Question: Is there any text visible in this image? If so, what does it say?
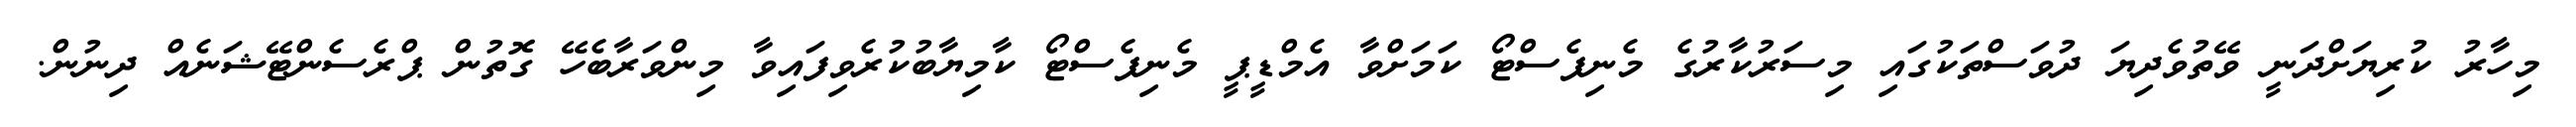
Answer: މިހާރު ކުރިޔަށްދަނީ ވޭތުވެދިޔަ ދުވަސްތަކުގައި މިސަރުކާރުގެ މެނިފެސްޓޯ ކަމަށްވާ އެމްޑީޕީ މެނިފެސްޓޯ ކާމިޔާބުކުރެވިފައިވާ މިންވަރާބެހޭ ގޮތުން ޕްރެސެންޓޭޝަނެއް ދިނުން.